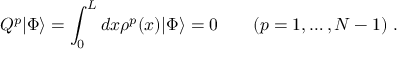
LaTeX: Q ^ { p } | \Phi \rangle = \int _ { 0 } ^ { L } d x \rho ^ { p } ( x ) | \Phi \rangle = 0 \quad \quad ( p = 1 , \ldots , N - 1 ) \ .